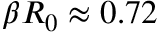
\beta R _ { 0 } \approx 0 . 7 2